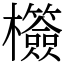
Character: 𣠺